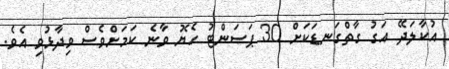
އުކާލަދޭ އަގު ގާތްގަނޑަކަށް 30 ޕަސަންޓު ހެޔޮ ވާނެ ކަމަށްވެސް ވިދާޅުވި އެވެ.